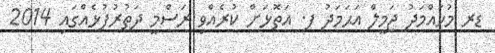
ޑރ މުހައްމަދު ޖަމީލް އަޙަމަދު ފ. އަތޮޅަށް ކުރެއްވި ރަސްމީ ދަތުރުފުޅެއްގައި 2014